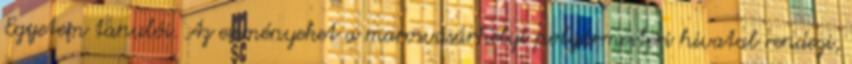
Egyetem tanulói. Az eseményeket a marosvásárhelyi polgármesteri hivatal rendezi,